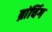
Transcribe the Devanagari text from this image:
ब्रांचिंग